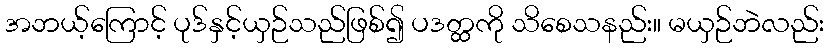
အဘယ့်ကြောင့် ပုဒ်နှင့်ယှဉ်သည်ဖြစ်၍ ပဒတ္ထကို သိစေသနည်း။ မယှဉ်ဘဲလည်း